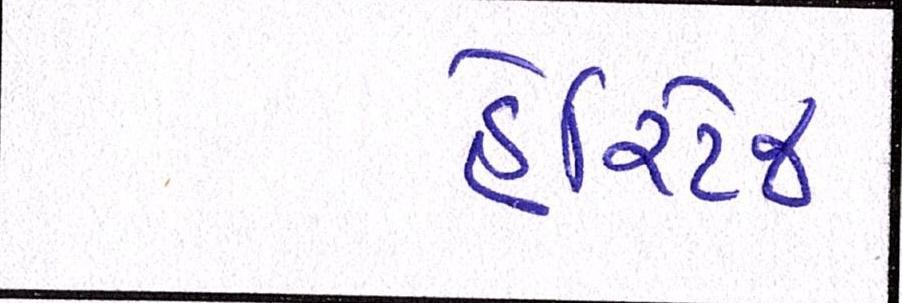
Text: હેરિટેજ